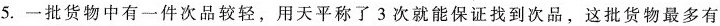
5.一批货物中有一件次品较轻，用天平称了 3 次就能保证找到次品，这批货物最多有